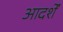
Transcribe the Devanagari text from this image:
आदर्शें